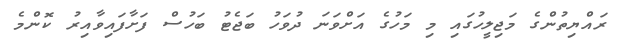
ރައްޔިތުންގެ މަޖިލީހުގައި މި މަހުގެ އަށްވަނަ ދުވަހު ބަޖެޓު ބަހުސް ފަށާފައިވާއިރު ކޮންމެ